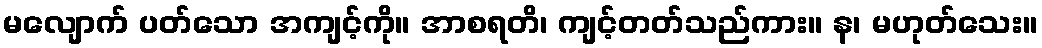
မလျောက် ပတ်သော အကျင့်ကို။ အာစရတိ၊ ကျင့်တတ်သည်ကား။ န၊ မဟုတ်သေး။